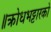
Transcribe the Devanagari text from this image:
॥क्रोधभट्टारको